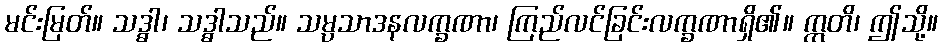
မင်းမြတ်။ သဒ္ဓါ၊ သဒ္ဓါသည်။ သမ္ပသာဒနလက္ခဏာ၊ ကြည်လင်ခြင်းလက္ခဏာရှိ၏။ ဣတိ၊ ဤသို့။